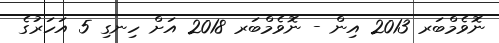
ނޮވެމްބަރ 2013 އިން - ނޮވެމްބަރ 2018 އަށް ހިނގި 5 އަހަރުގެ